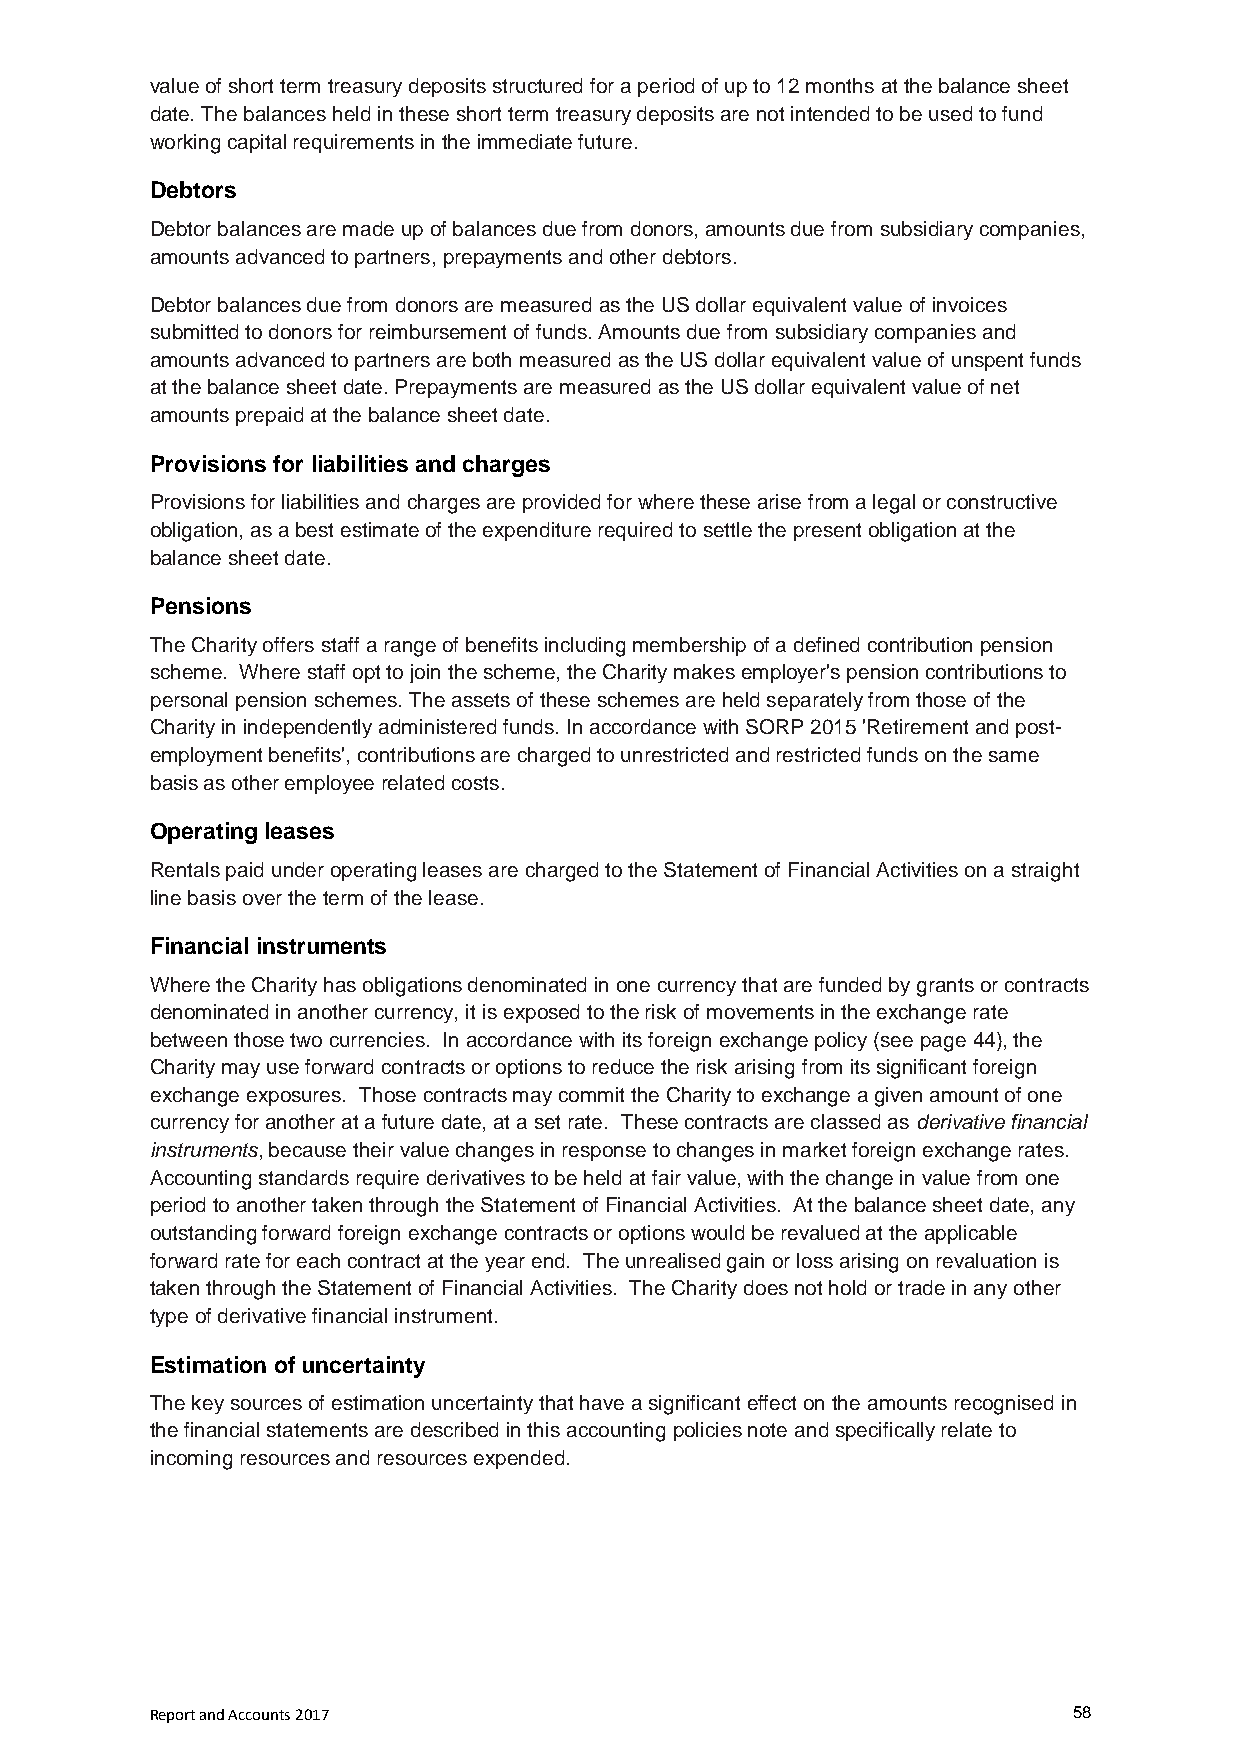
value of short term treasury deposits structured for a period of up to 12 months at the balance sheet
 date. The balances held in these short term treasury deposits are not intended to be used to fund
 working capital requirements in the immediate future.
 Debtors
 Debtor balances are made up of balances due from donors, amounts due from subsidiary companies,
 amounts advanced to partners, prepayments and other debtors.
 Debtor balances due from donors are measured as the US dollar equivalent value of invoices
 submitted to donors for reimbursement of funds. Amounts due from subsidiary companies and
 amounts advanced to partners are both measured as the US dollar equivalent value of unspent funds
 at the balance sheet date. Prepayments are measured as the US dollar equivalent value of net
 amounts prepaid at the balance sheet date.
 Provisions for liabilities and charges
 Provisions for liabilities and charges are provided for where these arise from a legal or constructive
 obligation, as a best estimate of the expenditure required to settle the present obligation at the
 balance sheet date.
 Pensions
 The Charity offers staff a range of benefits including membership of a defined contribution pension
 scheme. Where staff opt to join the scheme, the Charity makes employer's pension contributions to
 personal pension schemes. The assets of these schemes are held separately from those of the
 Charity in independently administered funds. In accordance with SORP 2015 'Retirement and post-
 employment benefits', contributions are charged to unrestricted and restricted funds on the same
 basis as other employee related costs.
 Operating leases
 Rentals paid under operating leases are charged to the Statement of Financial Activities on a straight
 line basis over the term of the lease.
 Financial instruments
 Where the Charity has obligations denominated in one currency that are funded by grants or contracts
 denominated in another currency, it is exposed to the risk of movements in the exchange rate
 between those two currencies. In accordance with its foreign exchange policy (see page 44), the
 Charity may use forward contracts or options to reduce the risk arising from its significant foreign
 exchange exposures. Those contracts may commit the Charity to exchange a given amount of one
 currency for another at a future date, at a set rate. These contracts are classed as derivative financial
 instruments, because their value changes in response to changes in market foreign exchange rates.
 Accounting standards require derivatives to be held at fair value, with the change in value from one
 period to another taken through the Statement of Financial Activities. At the balance sheet date, any
 outstanding forward foreign exchange contracts or options would be revalued at the applicable
 forward rate for each contract at the year end. The unrealised gain or loss arising on revaluation is
 taken through the Statement of Financial Activities. The Charity does not hold or trade in any other
 type of derivative financial instrument.
 Estimation of uncertainty
 The key sources of estimation uncertainty that have a significant effect on the amounts recognised in
 the financial statements are described in this accounting policies note and specifically relate to
 incoming resources and resources expended.
 Report and Accounts 2017                                     58